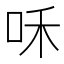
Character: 咊